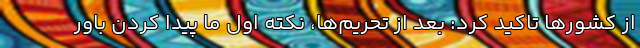
از کشورها تاکید کرد: بعد از تحریم‌ها، نکته اول ما پیدا کردن باور